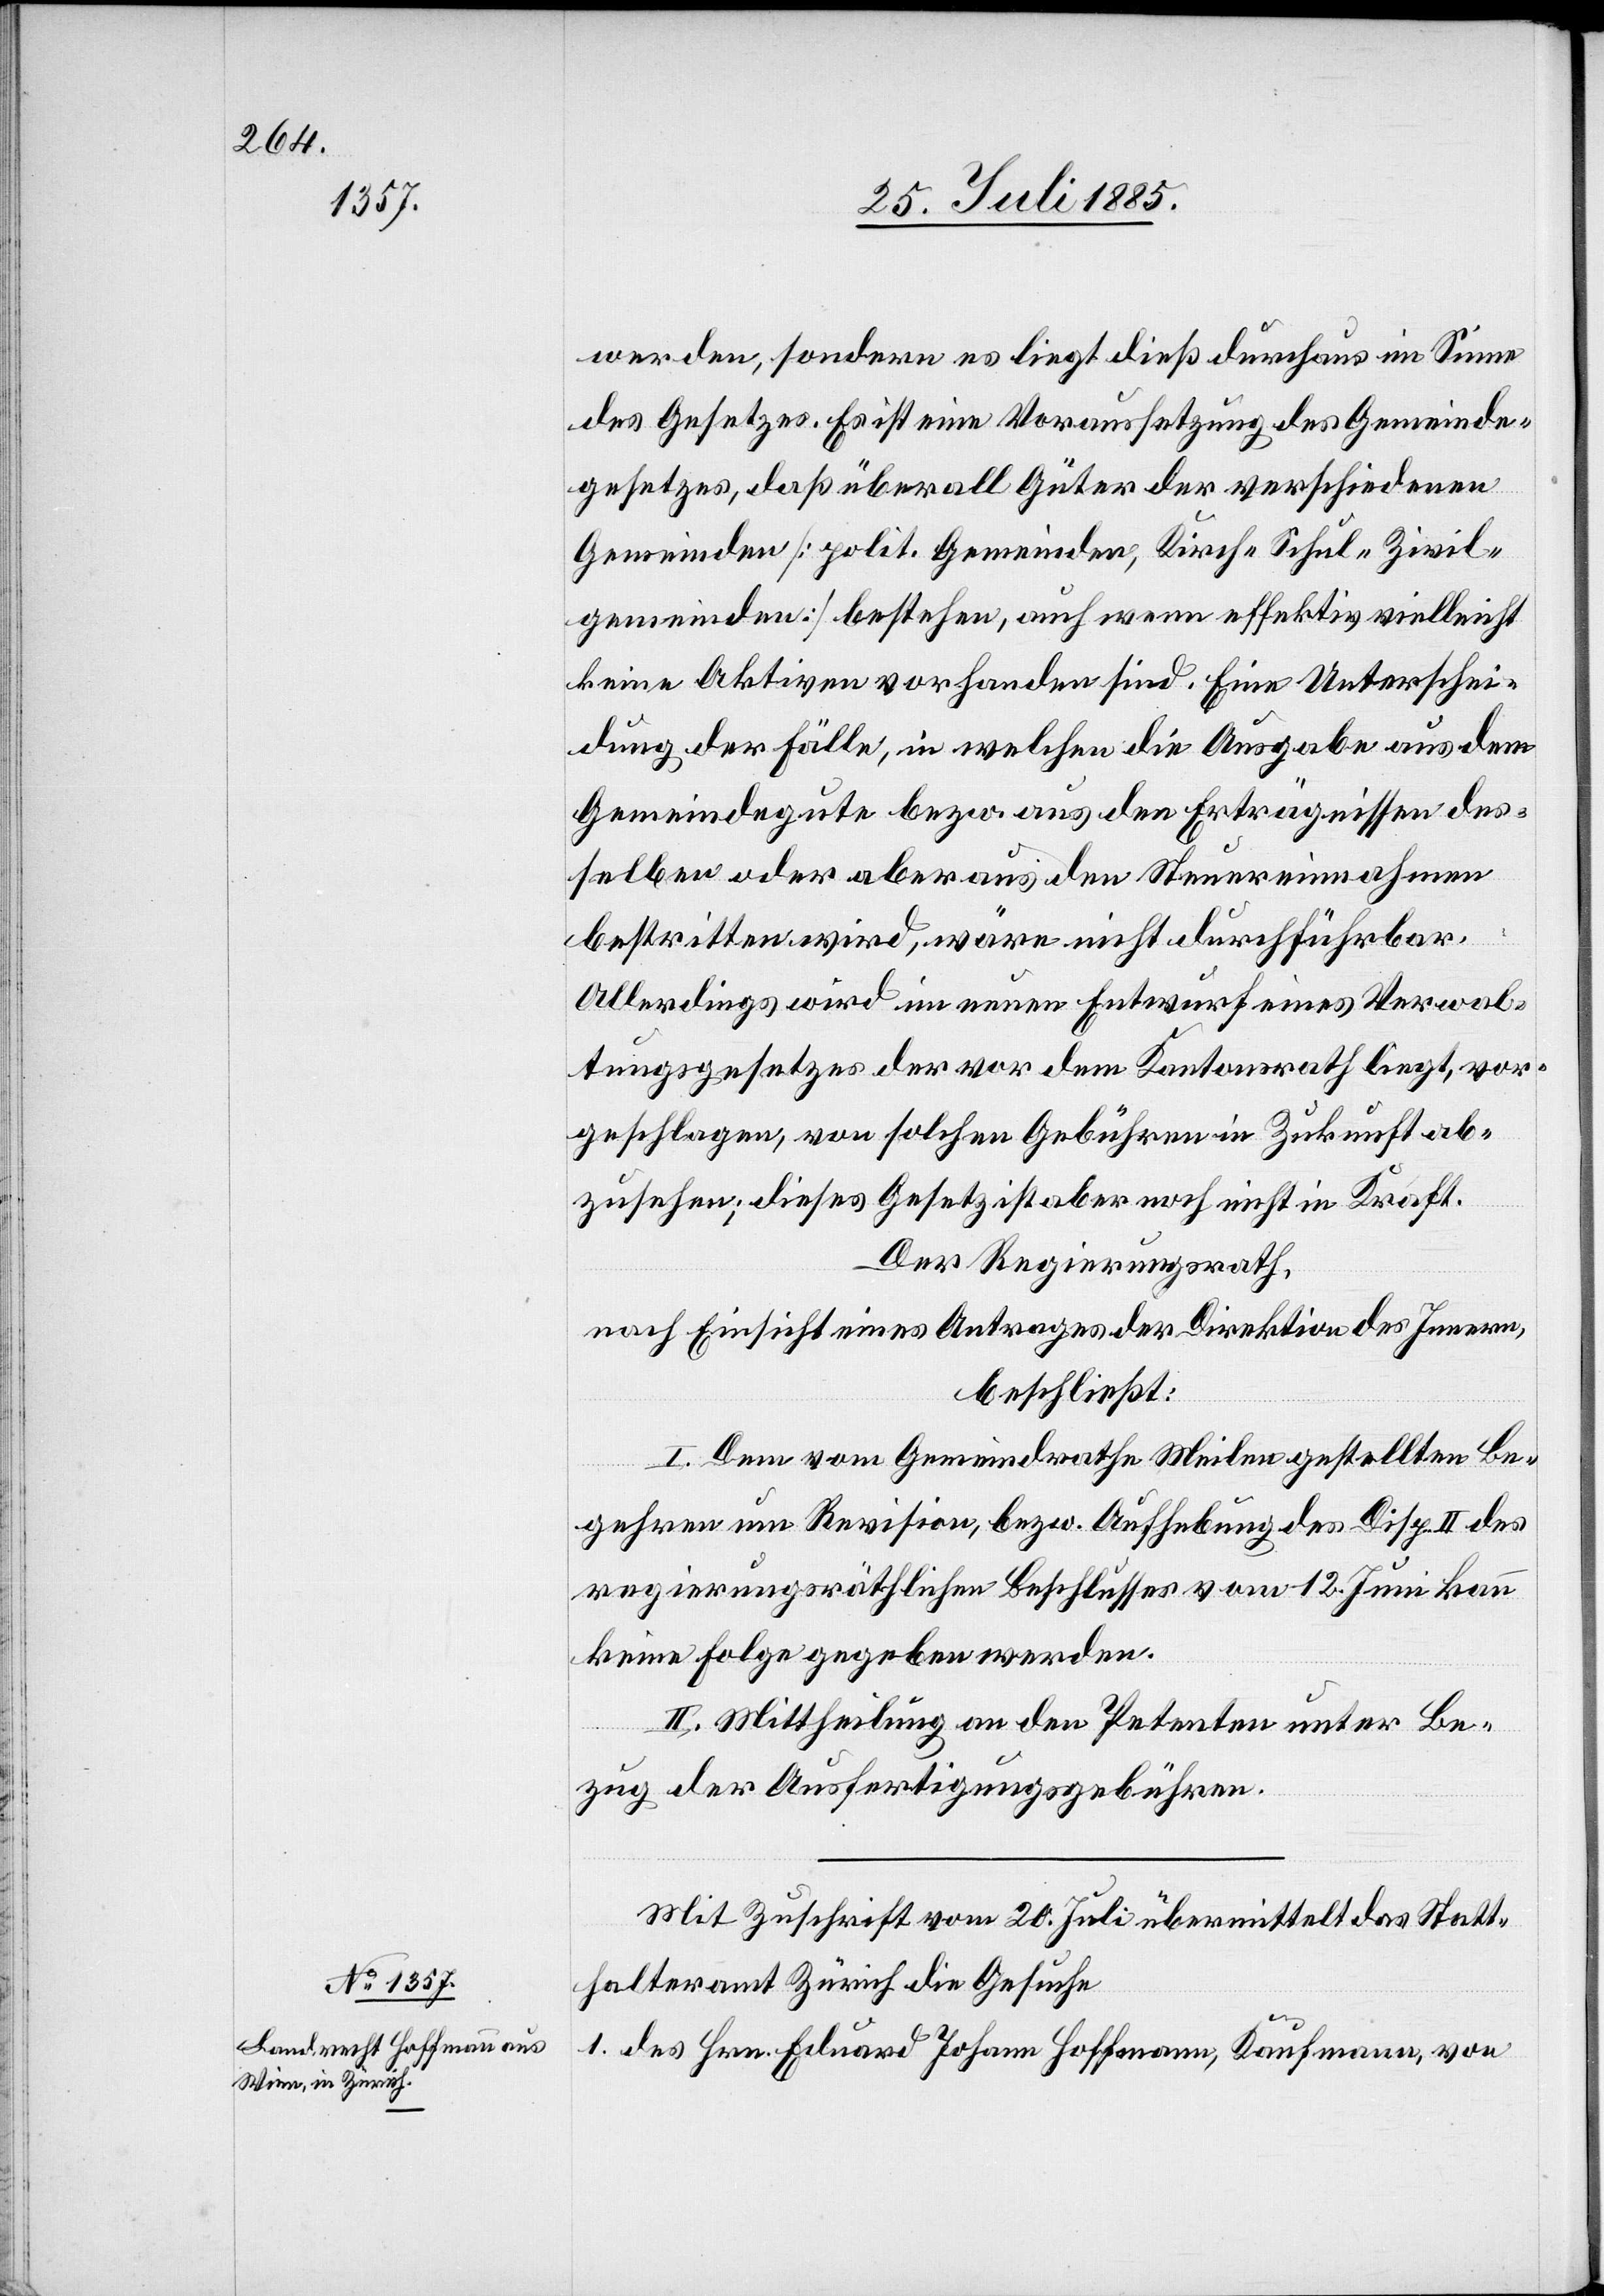
werden, sondern es liegt dieß durchaus im Sinne
des Gesetzes. Es ist eine Voraussetzung des Gemeinde¬
gesetzes, daß überall Güter der verschiedenen
Gemeinden [polit. Gemeinden, Kirch- Schul- Zivil¬
gemeinden] bestehen, auch wenn effektiv vielleicht
keine Aktiven vorhanden sind. Eine Unterschei¬
dung der Fälle, in welchen die Ausgabe aus dem
Gemeindegute bezw. aus den Erträgnissen des¬
selben oder aber aus den Steuereinnahmen
bestritten wird, wäre nicht durchführbar.
Allerdings wird im neuen Entwurf eines Verwal¬
tungsgesetzes der vor dem Kantonsrath liegt, vor¬
geschlagen, von solchen Gebühren in Zukunft ab¬
zusehen; dieses Gesetz ist aber noch nicht in Kraft.
Der Regierungsrath,
nach Einsicht eines Antrages der Direktion des Innern,
beschließt:
I. Dem vom Gemeindrathe Meilen gestellten Be¬
gehren um Revision, bezw. Aufhebung des Disp. II des
regierungsräthlichen Beschlusses vom 12. Juni kann
keine Folge gegeben werden.
II. Mittheilung an den Petenten unter Be¬
zug der Ausfertigungsgebühren.
Mit Zuschrift vom 20. Juli übermittelt das Statt¬
halteramt Zürich die Gesuche
1. des Hrn. Eduard Johann Hoffmann, Kaufmann, von